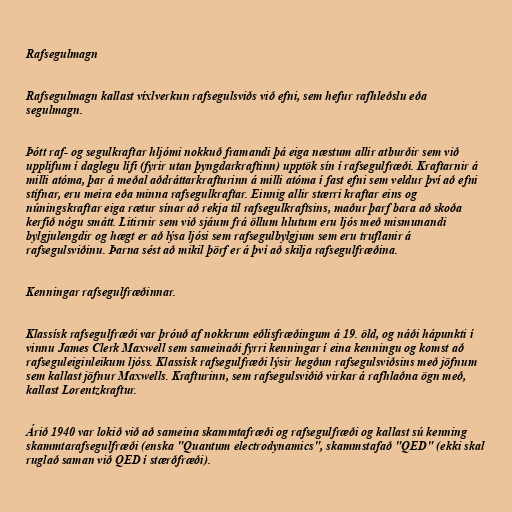
Rafsegulmagn

Rafsegulmagn kallast víxlverkun rafsegulsviðs við efni, sem hefur rafhleðslu eða
segulmagn.

Þótt raf- og segulkraftar hljómi nokkuð framandi þá eiga næstum allir atburðir sem við
upplifum í daglegu lífi (fyrir utan þyngdarkraftinn) upptök sín í rafsegulfræði. Kraftarnir á
milli atóma, þar á meðal aðdráttarkrafturinn á milli atóma í fast efni sem veldur því að efni
stífnar, eru meira eða minna rafsegulkraftar. Einnig allir stærri kraftar eins og
núningskraftar eiga rætur sínar að rekja til rafsegulkraftsins, maður þarf bara að skoða
kerfið nógu smátt. Litirnir sem við sjáum frá öllum hlutum eru ljós með mismunandi
bylgjulengdir og hægt er að lýsa ljósi sem rafsegulbylgjum sem eru truflanir á
rafsegulsviðinu. Þarna sést að mikil þörf er á því að skilja rafsegulfræðina.

Kenningar rafsegulfræðinnar.

Klassísk rafsegulfræði var þróuð af nokkrum eðlisfræðingum á 19. öld, og náði hápunkti í
vinnu James Clerk Maxwell sem sameinaði fyrri kenningar í eina kenningu og komst að
rafseguleiginleikum ljóss. Klassísk rafsegulfræði lýsir hegðun rafsegulsviðsins með jöfnum
sem kallast jöfnur Maxwells. Krafturinn, sem rafsegulsviðið virkar á rafhlaðna ögn með,
kallast Lorentzkraftur.

Árið 1940 var lokið við að sameina skammtafræði og rafsegulfræði og kallast sú kenning
skammtarafsegulfræði (enska "Quantum electrodynamics", skammstafað "QED" (ekki skal
ruglað saman við QED í stærðfræði).